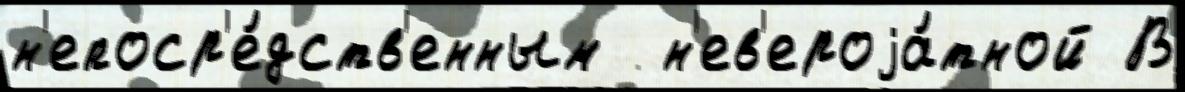
н'епоср'е́дств'енным  н'ев'ероjа́тной В